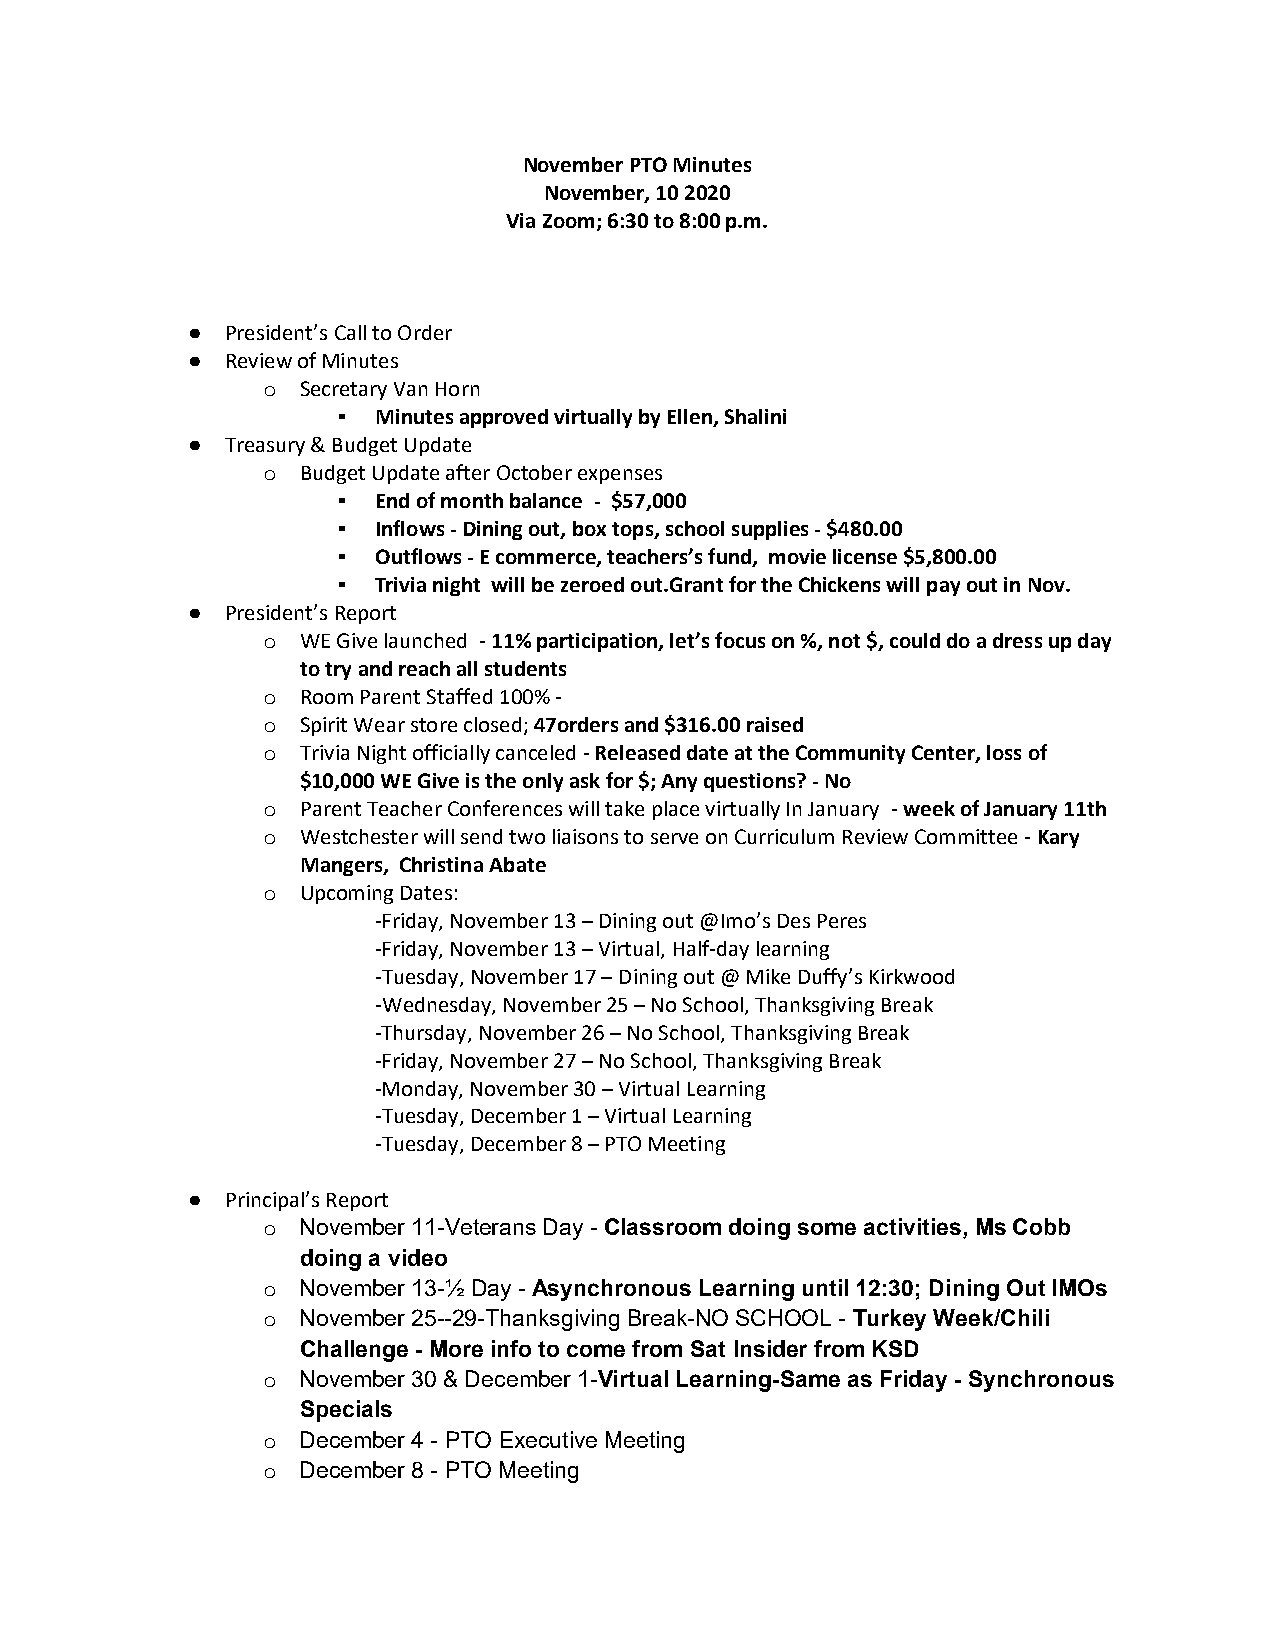
November PTO Minutes
 November, 10 2020
 Via Zoom; 6:30 to 8:00 p.m.
 ●  President’s Call to Order
 ●  Review of Minutes
 o  Secretary Van Horn
 ▪  Minutes approved virtually by Ellen, Shalini
 ●  Treasury & Budget Update
 o  Budget Update after October expenses
 ▪  End of month balance - $57,000
 ▪  Inflows - Dining out, box tops, school supplies - $480.00
 ▪  Outflows - E commerce, teachers’s fund, movie license $5,800.00
 ▪  Trivia night will be zeroed out.Grant for the Chickens will pay out in Nov.
 ●  President’s Report
 o  WE Give launched - 11% participation, let’s focus on %, not $, could do a dress up day
 to try and reach all students
 o  Room Parent Staffed 100% -
 o  Spirit Wear store closed; 47orders and $316.00 raised
 o  Trivia Night officially canceled - Released date at the Community Center, loss of
 $10,000 WE Give is the only ask for $; Any questions? - No
 o  Parent Teacher Conferences will take place virtually In January - week of January 11th
 o  Westchester will send two liaisons to serve on Curriculum Review Committee - Kary
 Mangers, Christina Abate
 o  Upcoming Dates:
 -Friday, November 13 – Dining out @Imo’s Des Peres
 -Friday, November 13 – Virtual, Half-day learning
 -Tuesday, November 17 – Dining out @ Mike Duffy’s Kirkwood
 -Wednesday, November 25 – No School, Thanksgiving Break
 -Thursday, November 26 – No School, Thanksgiving Break
 -Friday, November 27 – No School, Thanksgiving Break
 -Monday, November 30 – Virtual Learning
 -Tuesday, December 1 – Virtual Learning
 -Tuesday, December 8 – PTO Meeting
 ●  Principal’s Report
 o  November 11-Veterans Day - Classroom doing some activities, Ms Cobb
 doing a video
 o  November 13-½ Day - Asynchronous Learning until 12:30; Dining Out IMOs
 o  November 25--29-Thanksgiving Break-NO SCHOOL - Turkey Week/Chili
 Challenge - More info to come from Sat Insider from KSD
 o  November 30 & December 1-Virtual Learning-Same as Friday - Synchronous
 Specials
 o  December 4 - PTO Executive Meeting
 o  December 8 - PTO Meeting